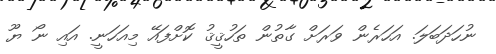
ނުހަދަބަލަ. އަހަރެން ވަރަށް ގާތުން ތަހުޤީޤު ކޮށްފައޭ މިއަހަނީ. އައި ނޯ ޔޫ